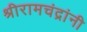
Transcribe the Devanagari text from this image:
श्रीरामचंद्रांनी